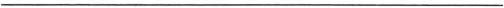
___